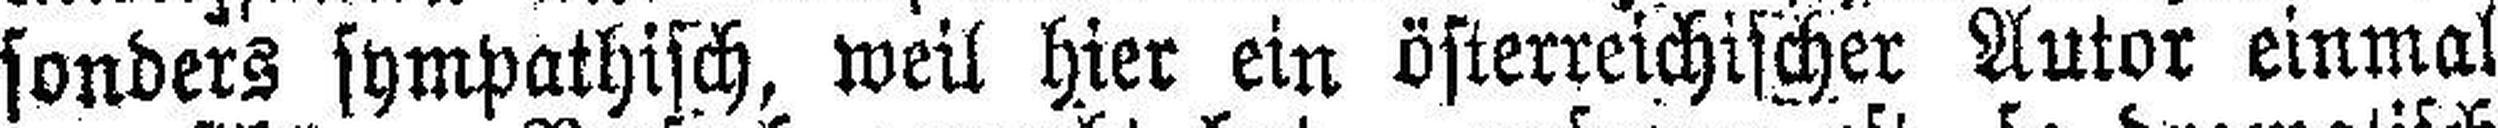
sonders sympathisch, weil hier ein österreichischer Autor einmal